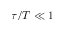
\tau / T \ll 1